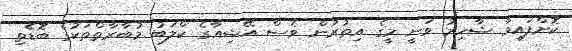
ކޮށްފައިވާ ޝާހިރު ވަނީ މީގެ އިތުރުން ވެސް އޭޝިއާގެ ކްލަބު މުބާރާތްތަކުގެ ބޮޑެތި